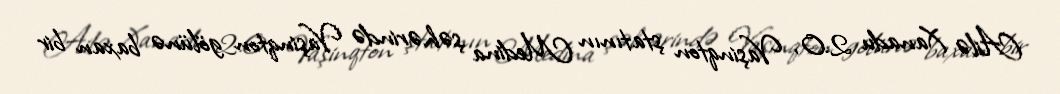
Ailə Xanadu 2.0, Vaşinqton ştatının Medina şəhərində Vaşinqton gölünə baxan bir